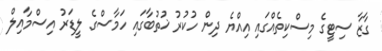
ގާޒާ ސިޓީގެ މިސްކިތެއްގައި އިއްޔެ ދިން ހުކުރު ޚުތުބާގައި ހަމާސްގެ ލީޑަރު އިސްމާއިލް